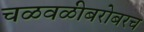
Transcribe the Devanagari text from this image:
चळवळीबरोबरच